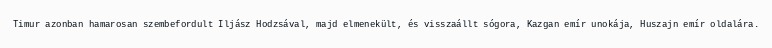
Timur azonban hamarosan szembefordult Iljász Hodzsával, majd elmenekült, és visszaállt sógora, Kazgan emír unokája, Huszajn emír oldalára.